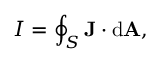
I = \oint _ { S } \mathbf { J } \cdot \mathrm { { d } } \mathbf { A } , \,